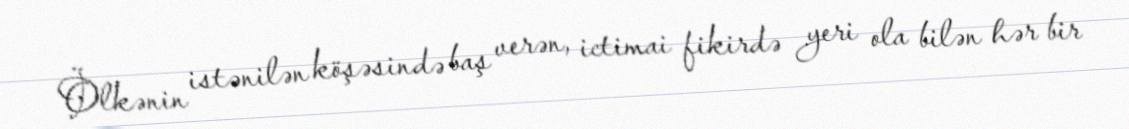
Ölkənin istənilən köşəsində baş verən, ictimai fikirdə yeri ola bilən hər bir